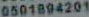
0501894201